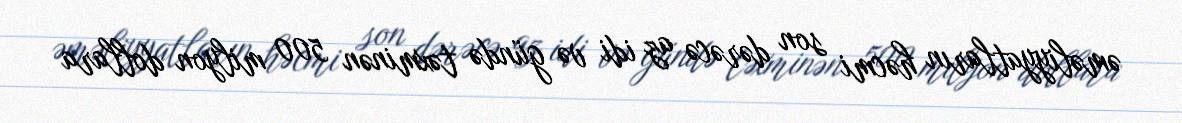
əməliyyatların həcmi son dərəcə az idi və gündə təxminən 500 milyon dollara